Report of the Hyderabad Chloroform Commission
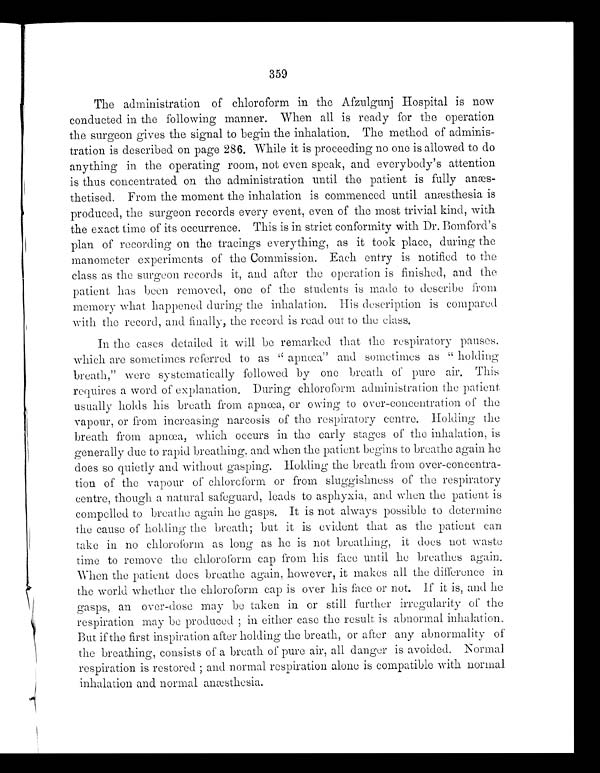
359
The administration of chloroform in the Afzulgunj Hospital is now
conducted in the following manner. When all is ready for the operation
the surgeon gives the signal to begin the inhalation. The method of adminis-
tration is described on page 286. While it is proceeding no one is allowed to do
anything in the operating room, not even speak, and everybody's attention
is thus concentrated on the administration until the patient is fully
anæs-thetised. From the moment the inhalation is commenced until anæsthesia is
produced, the surgeon records every event, even of the most trivial kind, with
the exact time of its occurrence. This is in strict conformity with Dr. Bomford's
plan of recording on the tracings everything, as it took place, during the
manometer experiments of the Commission. Each entry is notified to the
class as the surgeon records it, and after the operation is finished, and the
patient has been removed, one of the students is made to describe from
memory what happened during the inhalation. His description is compared
with the record, and finally, the record is read out to the class.
In the cases detailed it will be remarked that the respiratory pauses,
which are sometimes referred to as " apnœa" and sometimes as '' holding
breath," were systematically followed by one breath of pure air. This
requires a word of explanation. During chloroform administration the patient
usually holds his breath from apnœa, or owing to over-concentration of the
vapour, or from increasing narcosis of the respiratory centre. Holding the
breath from apnœa, which occurs in the early stages of the inhalation, is
generally due to rapid breathing, and when the patient begins to breathe again he
does so quietly and without gasping. Holding the breath from over-concentra-
tion of the vapour of chloroform or from sluggishness of the respiratory
centre, though a natural safeguard, leads to asphyxia, and when the patient is
compelled to breathe again he gasps. It is not always possible to determine
the cause of holding the breath; but it is evident that as the patient can
take in no chloroform as long as he is not breathing, it does not waste
time to remove the chloroform cap from his face until he breathes again.
When the patient does breathe again, however, it makes all the difference in
the world whether the chloroform cap is over his face or not. If it is, and he
gasps, an over-dose may be taken in or still further irregularity of the
respiration may be produced ; in either case the result is abnormal inhalation.
But if the first inspiration after holding the breath, or after any abnormality of
the breathing, consists of a breath of pure air, all danger is avoided. Normal
respiration is restored ; and normal respiration alone is compatible with normal
inhalation and normal anæsthesia.